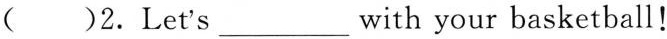
( )2. Let's ___ with your basketball !